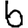
Digit: 6